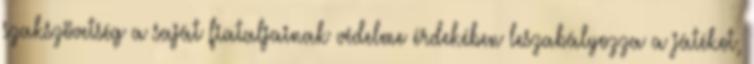
szakszövetség a saját fiataljainak védelme érdekében leszabályozza a játékot,